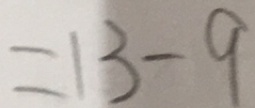
= 1 3 - 9